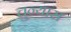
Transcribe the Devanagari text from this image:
चुन्यास